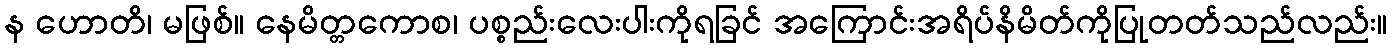
န ဟောတိ၊ မဖြစ်။ နေမိတ္တကောစ၊ ပစ္စည်းလေးပါးကိုရခြင် အကြောင်းအရိပ်နိမိတ်ကိုပြုတတ်သည်လည်း။